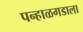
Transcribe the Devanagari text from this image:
पन्हाळगडाला